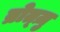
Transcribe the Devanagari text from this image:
ब्रोत्ज़ु